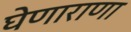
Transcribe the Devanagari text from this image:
घेणाराणा